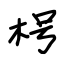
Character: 枵